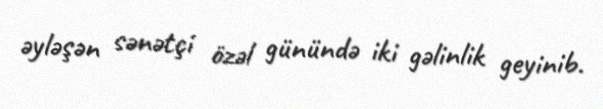
əyləşən sənətçi özəl günündə iki gəlinlik geyinib.